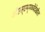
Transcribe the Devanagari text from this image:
जीएस्‌एम्‌मध्येदेखील